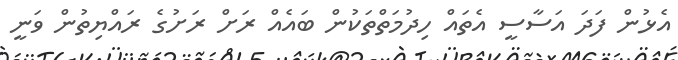
އެޅުން ފަދަ އަސާސީ އެތައް ހިދުމަތްތަކުން ބައެއް ރަށް ރަށުގެ ރައްޔިތުން ވަނީ